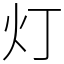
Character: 灯